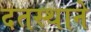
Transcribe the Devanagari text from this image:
दतस्थाने